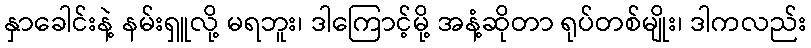
နှာခေါင်းနဲ့ နမ်းရှူလို့ မရဘူး၊ ဒါကြောင့်မို့ အနံ့ဆိုတာ ရုပ်တစ်မျိုး၊ ဒါကလည်း